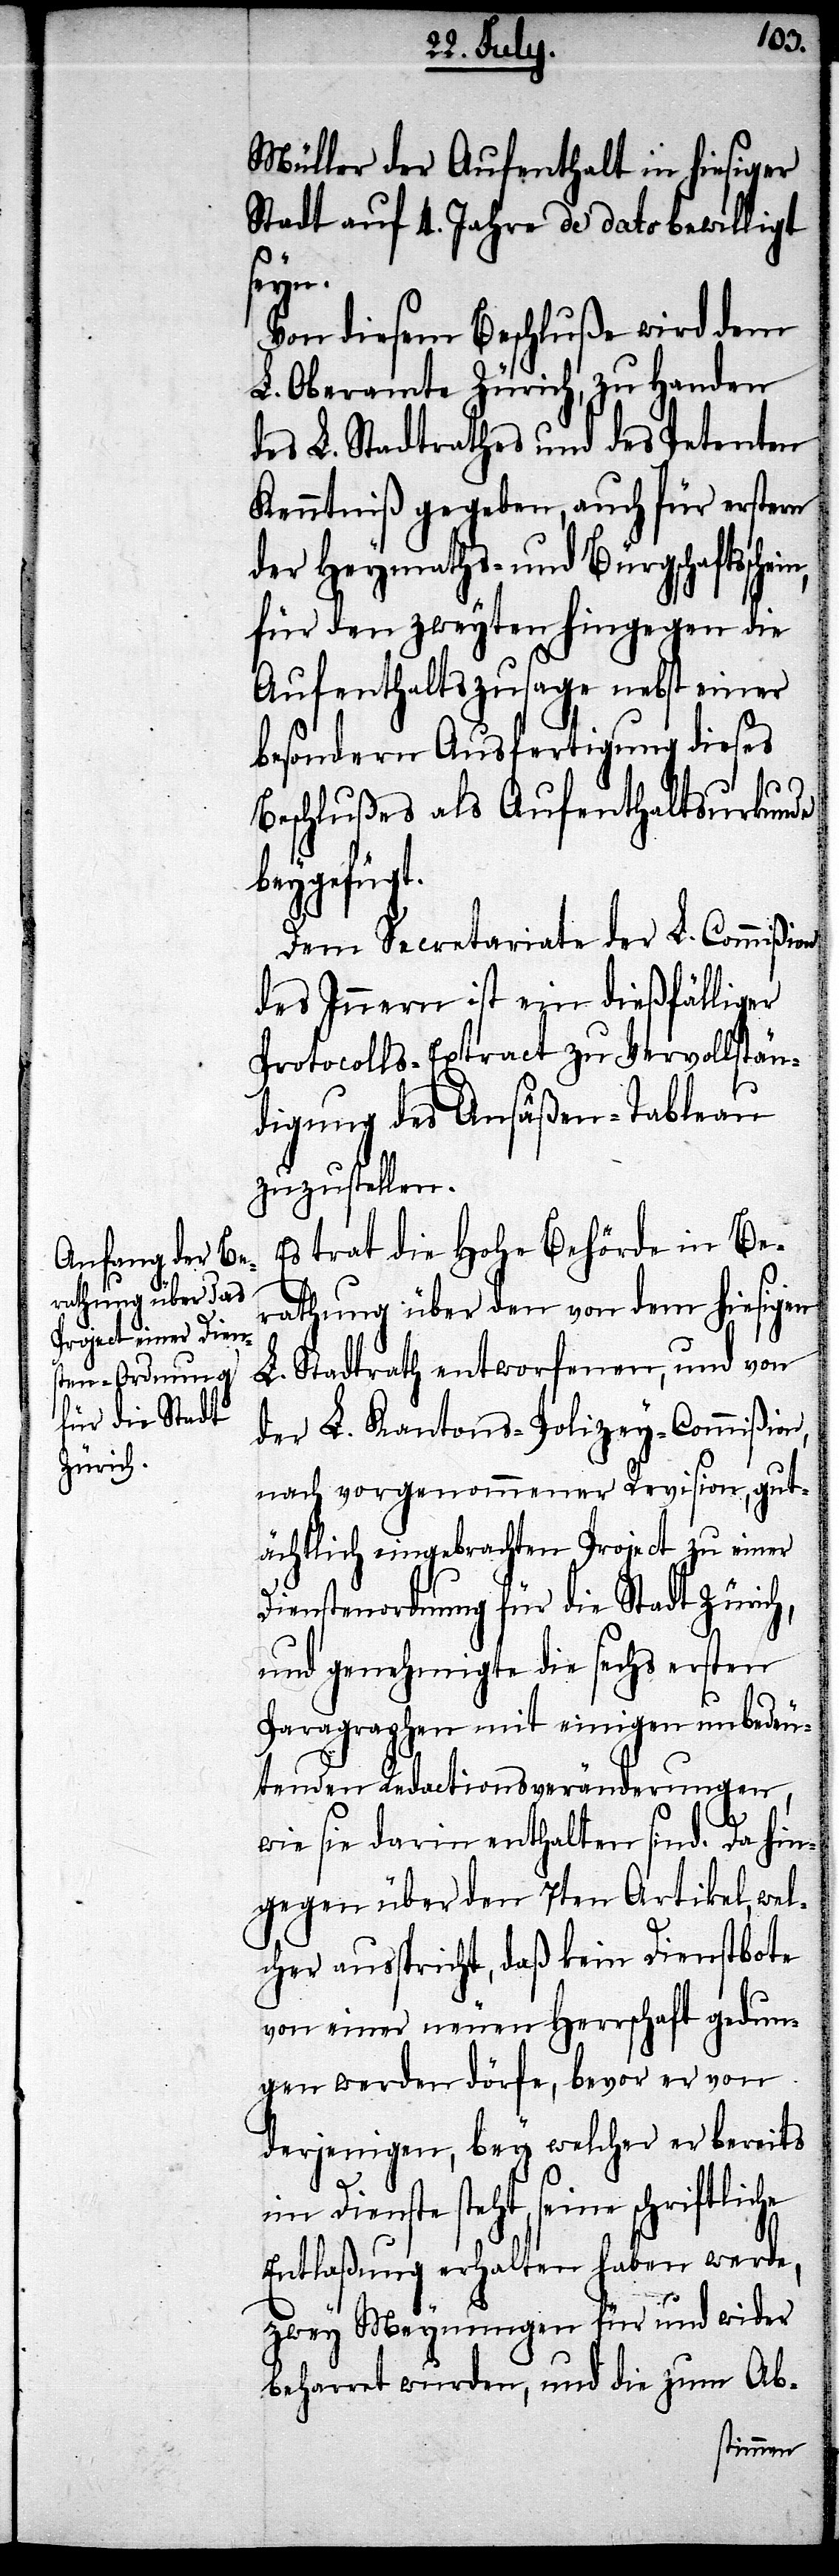
Müller der Aufenthalt in hiesiger
Stadt auf 4. Jahre de dato bewilligt
ein,
Von diesem Beschluße wird dem
L. Oberamte Zürich, zu Handen
des L. Stadtrathes und des Petenten
Kenntniß gegeben, auch für erstern
der Heymaths- und Bürgschaftssch¬
für den zweyten hingegen die
Aufenthaltszusage nebst einer
besondern Ausfertigung dieses
Beschlußes als Aufenthaltsurkunde
beygefügt.
Dem Secretariate der L. Commißion
des Innern ist ein dießfälliger
Protocolls-Extract zu Vervollstän¬
digung des Ansäßen-Tableau
zuzustellen.
Es trat die Hohe Behörde in Be¬
rathung über den von dem hiesigen
L. Stadtrath entworfenen, und von
der L. Kantons-Polizey-Commißion,
nach vorgenommener Revision, gut¬
ächtlich eingebrachten Project zu einer
Dienstenverordnung für die Stadt Zürich,
und genehmigte die sechs ersten
Paragraphen mit einigen unbedeu¬
tenden Redactionsveränderungen,
wie sie darin enthalten sind. Da hin¬
gegen über den 7ten Artikel, wel¬
cher ausspricht, daß kein Dienstbote
von einer neuen Herrschaft gedun¬
gen werden dürfe, bevor er von
derjenigen, bey welcher er bereits
im Dienste steht, seine schriftliche
Entlaßung erhalten haben werde,
zwey Meynungen für und wider
beharret wurden, und die zum Ab-